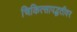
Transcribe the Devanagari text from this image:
चिकित्सापद्धतीवर